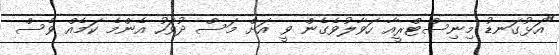
"އަޅުގަނޑު މިނިސްޓްރީއާ ހަވާލުވެގެން ވީ އަށް މަސް ދުވަހު އެންމެ ކަމެއް ވެސް